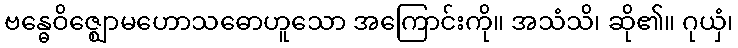
ဗန္ဓေဝိဇ္ဈောမဟောသဓောဟူသော အကြောင်းကို။ အသံသိ၊ ဆို၏။ ဂုယှံ၊